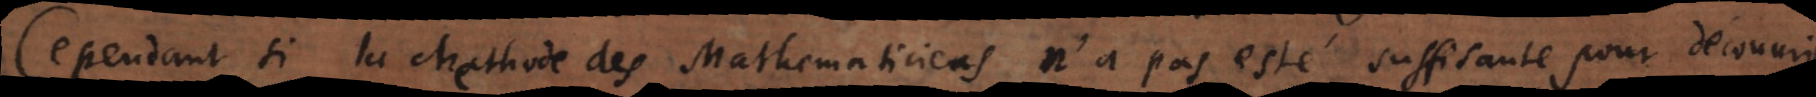
Cependant si la Methode des Mathematiciens n’a pas esté suffisante pour découvrir